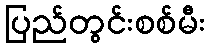
ပြည်တွင်းစစ်မီး